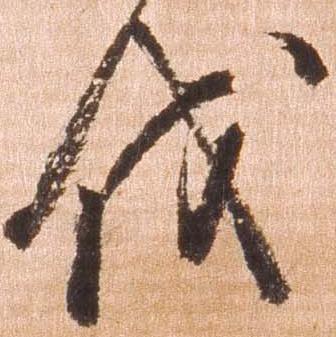
伐